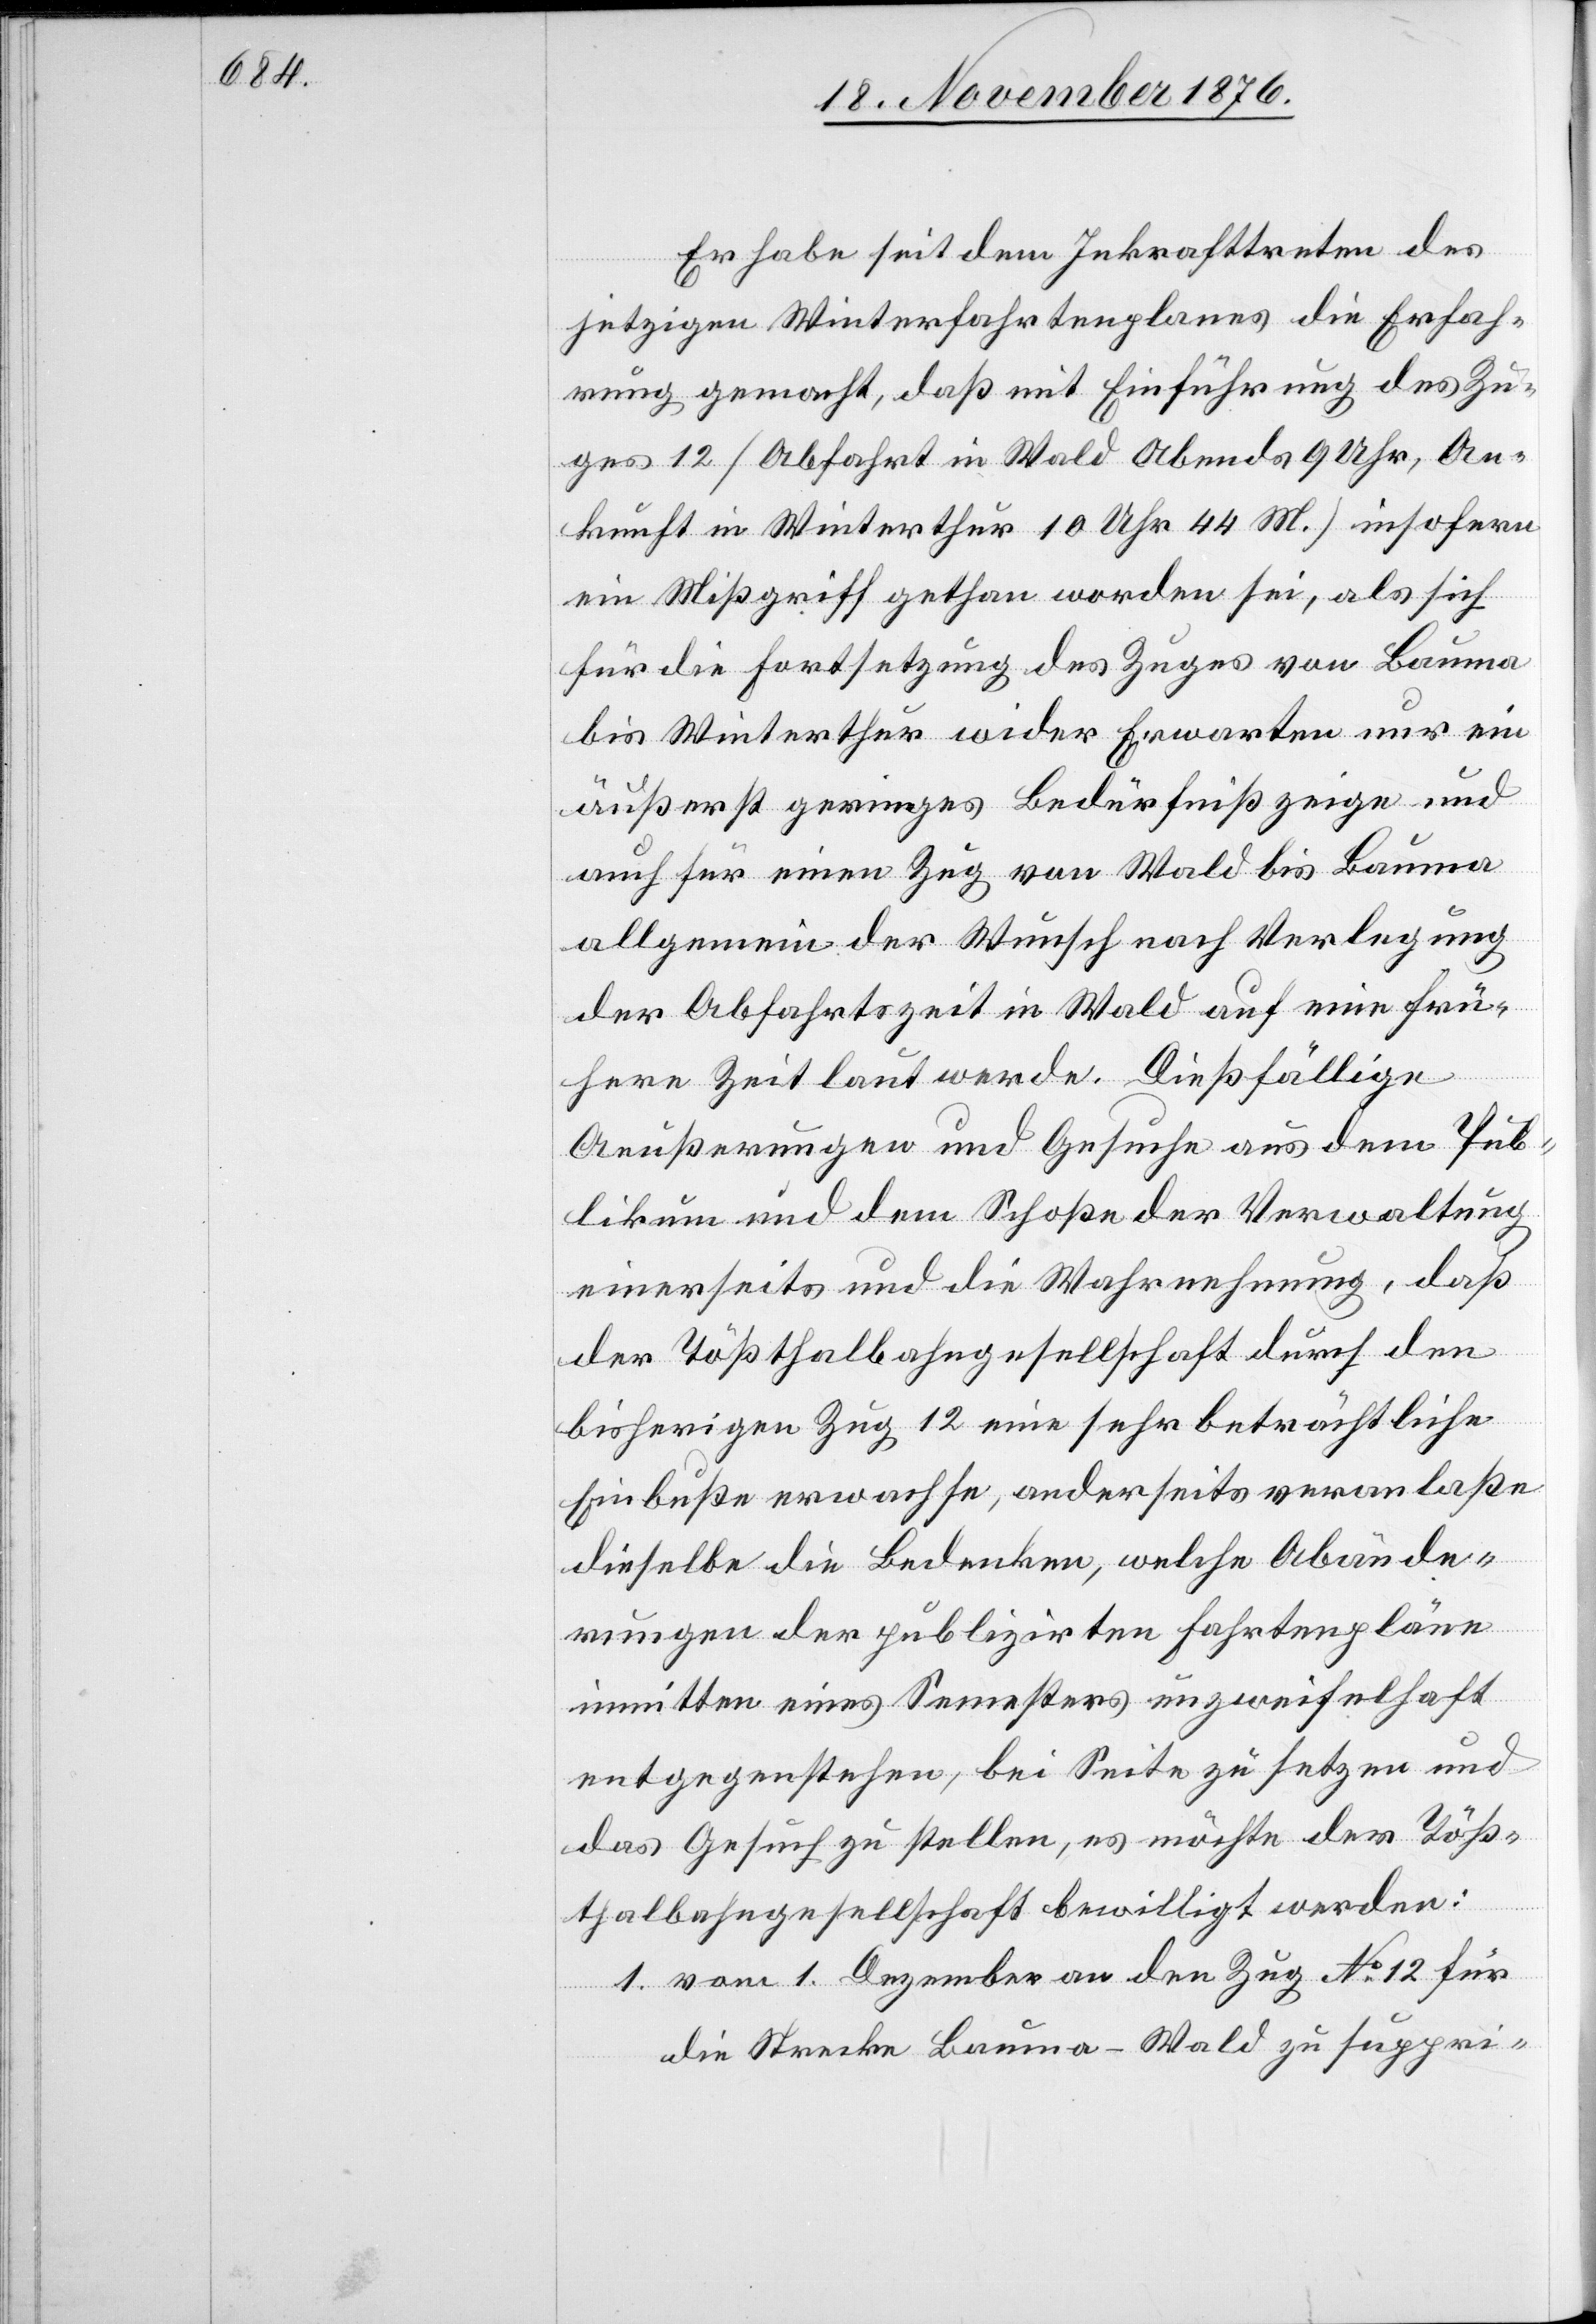
Er habe seit dem Inkrafttreten des
jetzigen Winterfahrtenplanes die Erfah¬
rung gemacht, daß mit Einführung des Zu¬
ges 12 [Abfahrt in Wald Abends 9 Uhr, An¬
kunft in Winterthur 10 Uhr 44 M.] insofern
ein Mißgriff gethan worden sei, als sich
für die Fortsetzung des Zuges von Bauma
bis Winterthur wider Erwarten nur ein
äußerst geringes Bedürfniß zeige und
auch für einen Zug von Wald bis Bauma
allgemein der Wunsch nach Verlegung
der Abfahrtszeit in Wald auf eine frü¬
here Zeit laut werde. Dießfällige
Aeußerungen und Gesuch aus dem Pub¬
likum und dem Schoße der Verwaltung
einerseits und die Wahrnehmung, daß
der Tößthalbahngesellschaft durch den
bisherigen Zug 12 eine sehr beträchtliche
Einbuße erwachse, anderseits veranlaße
dieselbe die Bedenken, welche Abände¬
rungen der publizirten Fahrtenpläne
inmitten eines Semesters unzweifelhaft
entgegenstehen, bei Seite zu setzen und
das Gesuch zu stellen, es möchte der Töß¬
thalbahngesellschaft bewilligt werden:
1. vom 1. Dezember an den Zug No 12 für
die Strecke Bauma–Wald zu suppri-